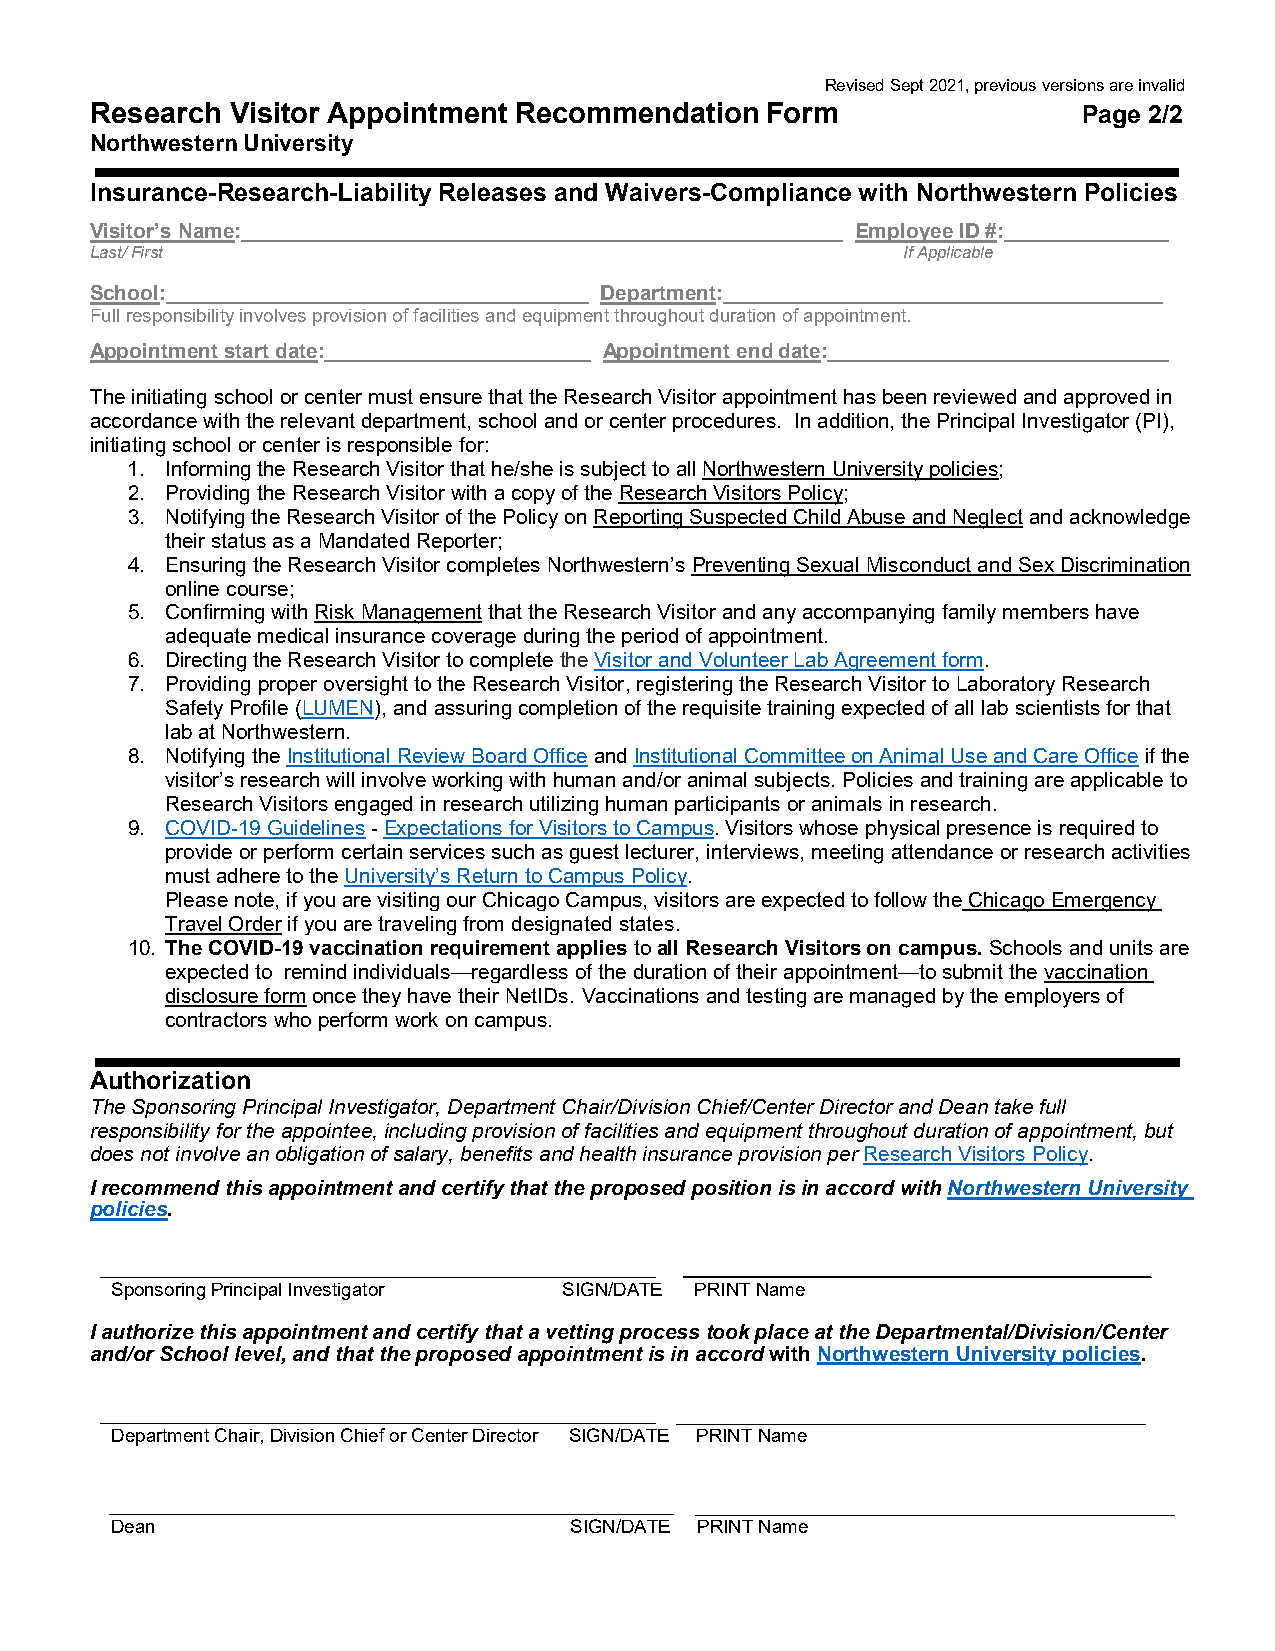
Revised Sept 2021, previous versions are invalid
 Research Visitor Appointment Recommendation  Form                 Page 2/2
 Northwestern University
 ,,
 Insurance-Research-Liability Releases and Waivers-Compliance with Northwestern Policies
 Visitor’s Name:                                    Employee ID #:
 Last/ First                                           If Applicable
 School:                           Department:
 Full responsibility involves provision of facilities and equipment throughout duration of appointment.
 Appointment start date:           Appointment end date:
 The initiating school or center must ensure that the Research Visitor appointment has been reviewed and approved in
 accordance with the relevant department, school and or center procedures. In addition, the Principal Investigator (PI),
 initiating school or center is responsible for:
 1. Informing the Research Visitor that he/she is subject to all Northwestern University policies;
 2. Providing the Research Visitor with a copy of the Research Visitors Policy;
 3. Notifying the Research Visitor of the Policy on Reporting Suspected Child Abuse and Neglect and acknowledge
 their status as a Mandated Reporter;
 4. Ensuring the Research Visitor completes Northwestern’s Preventing Sexual Misconduct and Sex Discrimination
 online course;
 5. Confirming with Risk Management that the Research Visitor and any accompanying family members have
 adequate medical insurance coverage during the period of appointment.
 6. Directing the Research Visitor to complete the Visitor and Volunteer Lab Agreement form.
 7. Providing proper oversight to the Research Visitor, registering the Research Visitor to Laboratory Research
 Safety Profile (LUMEN), and assuring completion of the requisite training expected of all lab scientists for that
 lab at Northwestern.
 8. Notifying the Institutional Review Board Office and Institutional Committee on Animal Use and Care Office if the
 visitor’s research will involve working with human and/or animal subjects. Policies and training are applicable to
 Research Visitors engaged in research utilizing human participants or animals in research.
 9. COVID-19 Guidelines - Expectations for Visitors to Campus. Visitors whose physical presence is required to
 provide or perform certain services such as guest lecturer, interviews, meeting attendance or research activities
 must adhere to the University’s Return to Campus Policy.
 Please note, if you are visiting our Chicago Campus, visitors are expected to follow the Chicago Emergency
 Travel Order if you are traveling from designated states.
 10. The COVID-19 vaccination requirement applies to all Research Visitors on campus. Schools and units are
 expected to remind individuals—regardless of the duration of their appointment—to submit the vaccination
 disclosure form once they have their NetIDs. Vaccinations and testing are managed by the employers of
 contractors who perform work on campus.
 Authorization
 The Sponsoring Principal Investigator, Department Chair/Division Chief/Center Director and Dean take full
 responsibility for the appointee, including provision of facilities and equipment throughout duration of appointment, but
 does not involve an obligation of salary, benefits and health insurance provision per Research Visitors Policy.
 I recommend this appointment and certify that the proposed position is in accord with Northwestern University
 policies.
 ____________________________________________________________ __________________________________________________
 Sponsoring Principal Investigator SIGN/DATE PRINT Name
 I authorize this appointment and certify that a vetting process took place at the Departmental/Division/Center
 and/or School level, and that the proposed appointment is in accord with Northwestern University policies.
 ____________________________________________________________ _____________________________________________
 Department Chair, Division Chief or Center Director SIGN/DATE PRINT Name
 _____________________________________________________________ ______________________________________________
 Dean                           SIGN/DATE PRINT Name